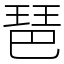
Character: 琶